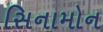
સિનામોન